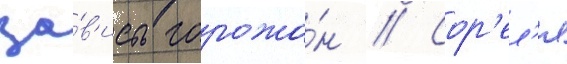
за́в'исть горожа́н // Сор'ел'я